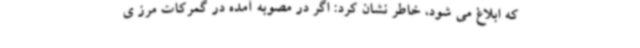
که ابلاغ می شود، خاطر نشان کرد: اگر در مصوبه آمده در گمرکات مرز ی